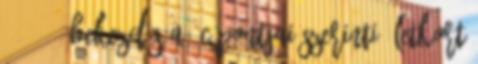
20. § 1 bekezdés a -c pontjai szerinti életkort